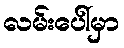
လမ်းပေါ်မှာ